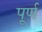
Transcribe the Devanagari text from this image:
पूर्ण